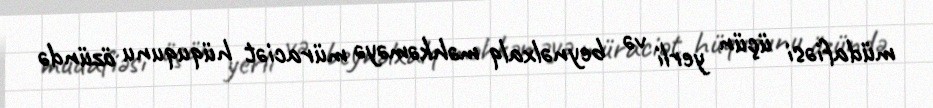
müdafiəsi üçün yerli və beynəlxalq məhkəməyə müraciət hüququnu özündə